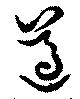
遵